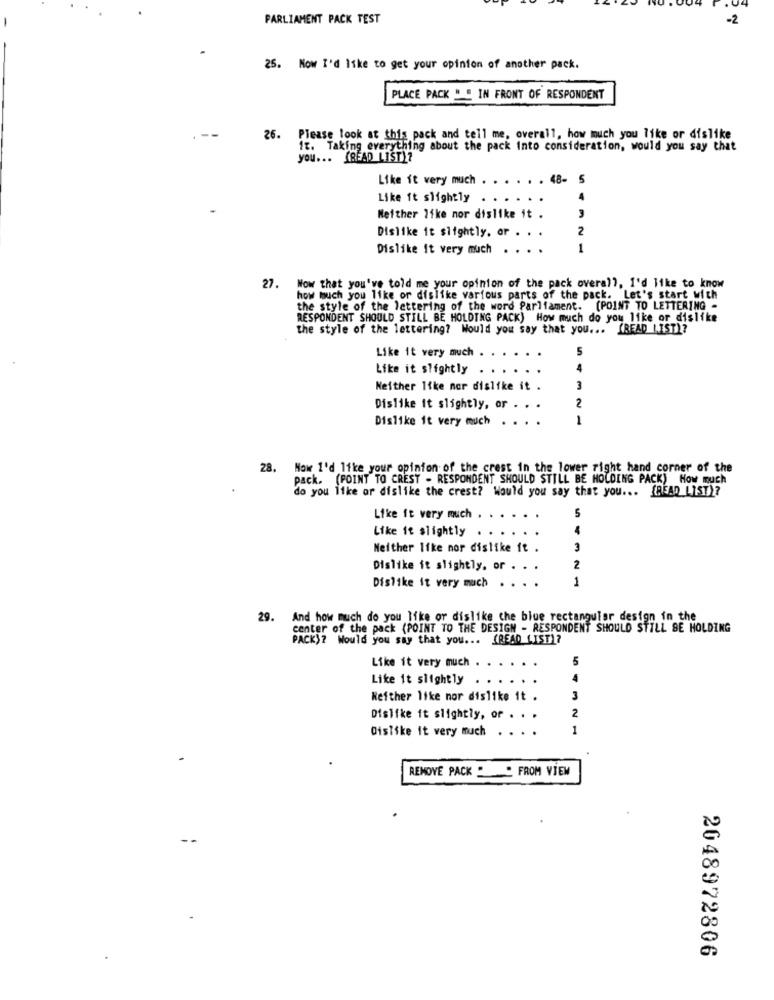
PARLIAMENT PACK TEST
-2
25. Now I'd like to get your opinion of another pack.
PLACE PACK " " IN FRONT OF RESPONDENT
26.
Please look at this pack and tell me, overall, how much you like or dislike
it. Taking everything about the pack Into consideration, would you say that
you ... (READ LIST)?
Like it very much
48- 5
Like it slightly . . .
4
Neither Ifke nor dislike it .
Dislike it slightly. or . . .
2
Dislike It very much
1
27.
Now that you've told me your opinion of the pack overall, i'd like to know
how much you like or dislike various parts of the pack. Let's start with
the style of the lettering of the word Parliament. (POINT TO LETTERING -
RESPONDENT SHOULD STILL BE HOLDING PACK) How much do you like or dislike
the style of the lettering? Would you say that you ... (READ LIST)?
Like it very much .
5
Like it slightly
Neither like nor dislike it .
3
2
Dislike it slightly, or .
Dislike it very much . . . .
1
28. Mow I'd like your opinion of the crest in the lower right hand corner of the
pack. (POINT TO CREST . RESPONDENT SHOULD STILL BE HOLDING PACK) How much
do you like or dislike the crest? Would you say that you ... (READ LIST)?
5
Like it very much ..
Like it slightly
Neither Itke nor dislike it .
3
Dislike it slightly, or . .
2
Dislike it very much
. . .
1
29. And how much do you like or dislike the blue rectangular design in the
center of the pack (POINT TO THE DESIGN - RESPONDENT SHOULD STILL SE HOLDING
PACK)? Would you say that you ... (READ LIST)?
Like it very much
Like it slightly
Neither like mor dislike it .
3
Dislike it slightly, or . . .
2
Dislike it very much . . . .
1
REMOVE PACK " FROM VIEW
2048972806